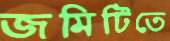
জমিটিতে